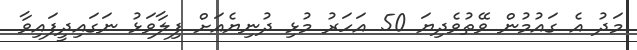
މަދު އެ ގައުމުން ވޭތުވެދިޔަ 50 އަހަރު މުޅި ދުނިޔެއަށް ފިލާވަޅު ނަގައިދީފައިވާ